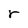
Character: r